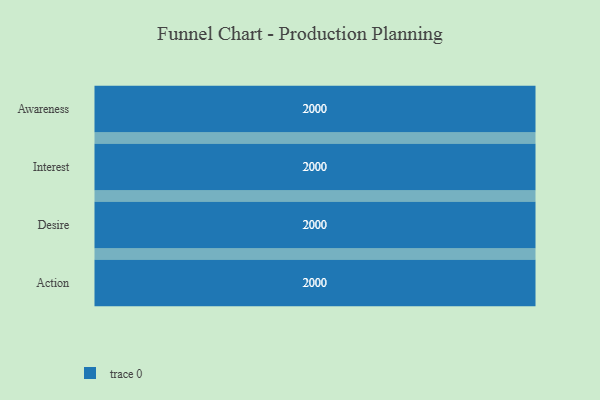
{"axis": {"x": "Stage", "y": "Value"}, "legend": [""], "data": [{"x": "Awareness", "y": 2000, "type": ""}, {"x": "Interest", "y": 2000, "type": ""}, {"x": "Desire", "y": 2000, "type": ""}, {"x": "Action", "y": 2000, "type": ""}]}